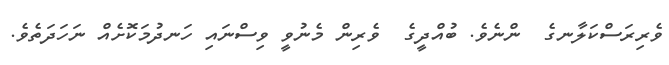
ވެރިރަސްކަލާނގެ  ންނެވެ. ބުއްދީގެ  ވެރިން މެނުވީ ވިސްނައި ހަނދުމަކޮށެއް ނަހަދަތެވެ.